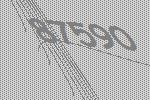
87590